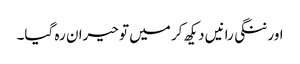
اور ننگی رانیں دیکھ کر میں تو حیران رہ گیا۔